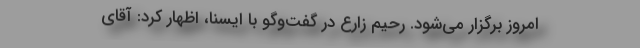
امروز برگزار می‌شود. رحیم زارع در گفت‌وگو با ایسنا، اظهار کرد: آقای